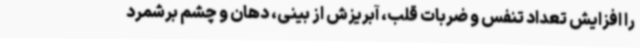
را افزایش تعداد تنفس و ضربات قلب، آبریزش از بینی، دهان و چشم برشمرد